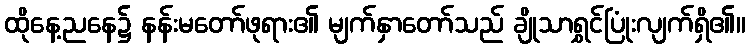
ထိုနေ့ညနေ၌ နန်းမတော်ဖုရား၏ မျက်နှာတော်သည် ချိုသာရွှင်ပြုံးလျက်ရှိ၏။